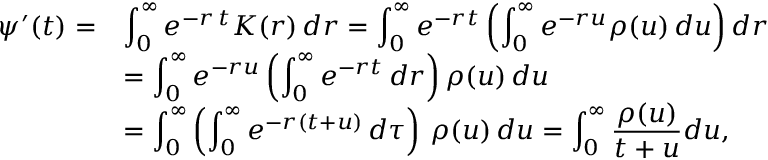
\begin{array} { l l l } { \psi ^ { \prime } ( t ) = } & { { \displaystyle \int _ { 0 } ^ { \infty } e ^ { - r \, t } K ( r ) \, d r } = { \displaystyle \int _ { 0 } ^ { \infty } e ^ { - r t } \left( \int _ { 0 } ^ { \infty } e ^ { - r u } \rho ( u ) \, d u \right) d r } } \\ & { = { \displaystyle \int _ { 0 } ^ { \infty } e ^ { - r u } \left( \int _ { 0 } ^ { \infty } e ^ { - r t } \, d r \right) \rho ( u ) \, d u } } \\ & { = { \displaystyle \int _ { 0 } ^ { \infty } \left( \int _ { 0 } ^ { \infty } e ^ { - r ( t + u ) } \, d \tau \right) \, \rho ( u ) \, d u } = { \displaystyle \int _ { 0 } ^ { \infty } \frac { \rho ( u ) } { t + u } d u } , } \end{array}